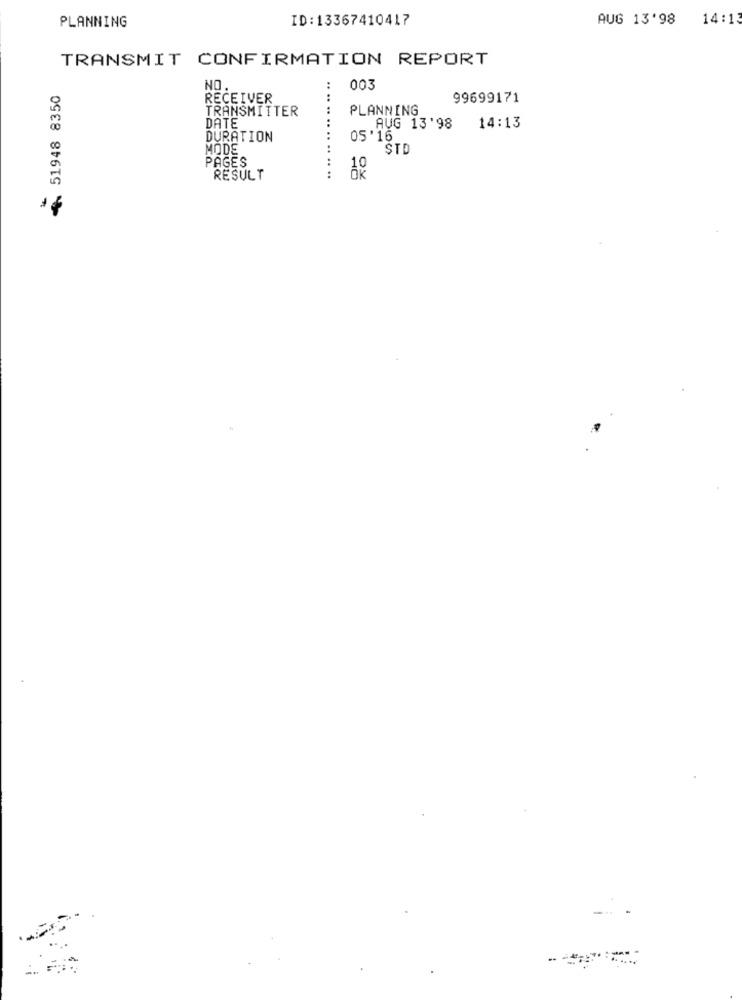
ID:13367410417
AUG 13'98 14:13
PLANNING
TRANSMIT CONFIRMATION REPORT
51948 8350
NO.
003
RECEIVER
.. .. ..
....
99699171
TRANSMITTER
PLANNING
DATE
AUG 13'98
14:13
DURATION
05'16
MODE
STD
PAGES
......
RESULT